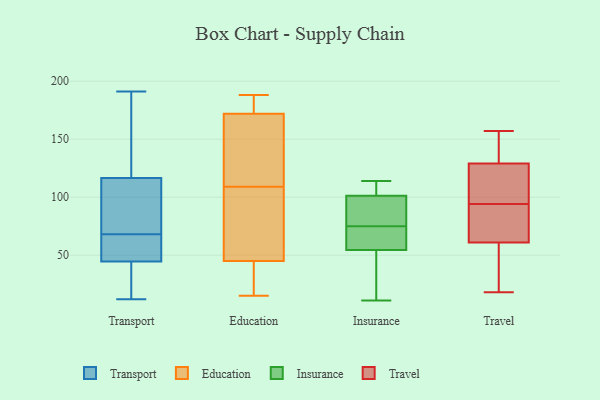
{"axis": {"x": "Tickets Resolved", "y": "Value"}, "legend": ["Education", "Insurance", "Transport", "Travel"], "data": [{"x": "", "y": 126, "type": "Transport"}, {"x": "", "y": 34, "type": "Transport"}, {"x": "", "y": 165, "type": "Transport"}, {"x": "", "y": 20, "type": "Transport"}, {"x": "", "y": 191, "type": "Transport"}, {"x": "", "y": 105, "type": "Transport"}, {"x": "", "y": 69, "type": "Transport"}, {"x": "", "y": 65, "type": "Transport"}, {"x": "", "y": 188, "type": "Transport"}, {"x": "", "y": 182, "type": "Transport"}, {"x": "", "y": 107, "type": "Transport"}, {"x": "", "y": 56, "type": "Transport"}, {"x": "", "y": 46, "type": "Transport"}, {"x": "", "y": 80, "type": "Transport"}, {"x": "", "y": 41, "type": "Transport"}, {"x": "", "y": 43, "type": "Transport"}, {"x": "", "y": 12, "type": "Transport"}, {"x": "", "y": 67, "type": "Transport"}, {"x": "", "y": 73, "type": "Transport"}, {"x": "", "y": 58, "type": "Transport"}, {"x": "", "y": 45, "type": "Education"}, {"x": "", "y": 188, "type": "Education"}, {"x": "", "y": 67, "type": "Education"}, {"x": "", "y": 132, "type": "Education"}, {"x": "", "y": 180, "type": "Education"}, {"x": "", "y": 141, "type": "Education"}, {"x": "", "y": 86, "type": "Education"}, {"x": "", "y": 18, "type": "Education"}, {"x": "", "y": 19, "type": "Education"}, {"x": "", "y": 15, "type": "Education"}, {"x": "", "y": 172, "type": "Education"}, {"x": "", "y": 68, "type": "Education"}, {"x": "", "y": 137, "type": "Education"}, {"x": "", "y": 187, "type": "Education"}, {"x": "", "y": 114, "type": "Insurance"}, {"x": "", "y": 71, "type": "Insurance"}, {"x": "", "y": 48, "type": "Insurance"}, {"x": "", "y": 72, "type": "Insurance"}, {"x": "", "y": 109, "type": "Insurance"}, {"x": "", "y": 104, "type": "Insurance"}, {"x": "", "y": 49, "type": "Insurance"}, {"x": "", "y": 11, "type": "Insurance"}, {"x": "", "y": 75, "type": "Insurance"}, {"x": "", "y": 91, "type": "Insurance"}, {"x": "", "y": 93, "type": "Insurance"}, {"x": "", "y": 153, "type": "Travel"}, {"x": "", "y": 94, "type": "Travel"}, {"x": "", "y": 18, "type": "Travel"}, {"x": "", "y": 83, "type": "Travel"}, {"x": "", "y": 32, "type": "Travel"}, {"x": "", "y": 55, "type": "Travel"}, {"x": "", "y": 101, "type": "Travel"}, {"x": "", "y": 131, "type": "Travel"}, {"x": "", "y": 79, "type": "Travel"}, {"x": "", "y": 157, "type": "Travel"}, {"x": "", "y": 123, "type": "Travel"}]}